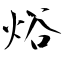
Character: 焀